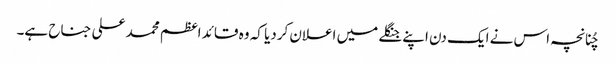
چُنانچہ اس نے ایک دن اپنے جنگلے میں اعلان کردیا کہ وہ قائد اعظم محمد علی جناح ہے۔